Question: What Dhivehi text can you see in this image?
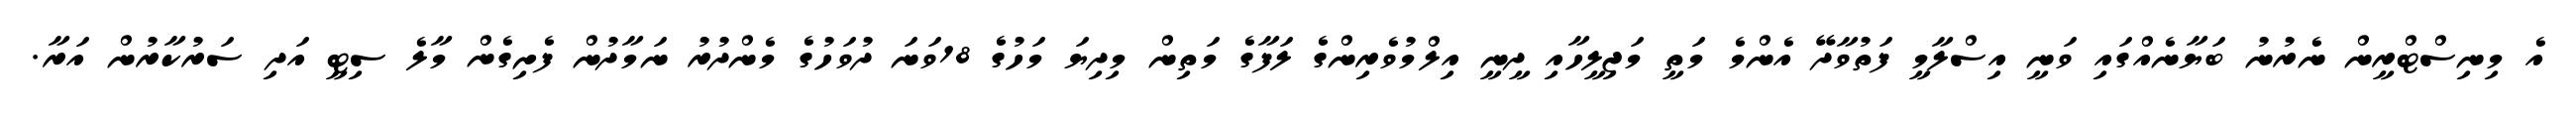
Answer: އެ މިނިސްޓްރީން ނެރުނު ބަޔާނެއްގައި ވަނީ އިސްލާމީ ފަތުވާދޭ އެންމެ މަތީ މަޖިލީހާއި ދީނީ އިލްމުވެރިންގެ ލަފާގެ މަތިން މިދިޔަ މަހުގެ 18ވަނަ ދުވަހުގެ މެންދުރު ނަމާދުން ފެށިގެން މާލެ ސިޓީ އަދި ސަރުކާރުން އަރާ.